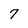
Character: 7